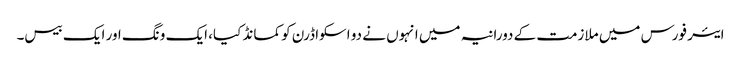
ایئر فورس میں ملازمت کے دورانیہ میں انہوں نے دو اسکواڈرن کو کمانڈ کیا، ایک ونگ اور ایک بیس۔